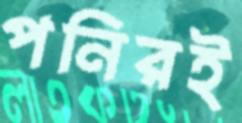
পনিরই